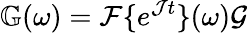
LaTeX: \mathbb{G}(\omega)=\mathcal{F}\{ e^{\mathcal Jt}\} (\omega)\mathcal{G}